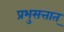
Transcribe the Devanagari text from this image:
प्रभुसत्तात्